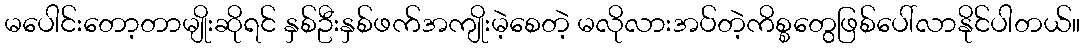
မပေါင်းတော့တာမျိုးဆိုရင် နှစ်ဦးနှစ်ဖက်အကျိုးမဲ့စေတဲ့ မလိုလားအပ်တဲ့ကိစ္စတွေဖြစ်ပေါ်လာနိုင်ပါတယ်။